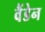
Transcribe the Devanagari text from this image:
वैंडेन